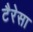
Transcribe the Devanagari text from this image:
टैरेसा